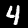
Label: 4